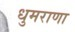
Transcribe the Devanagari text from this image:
धुमराणा